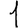
Digit: 1